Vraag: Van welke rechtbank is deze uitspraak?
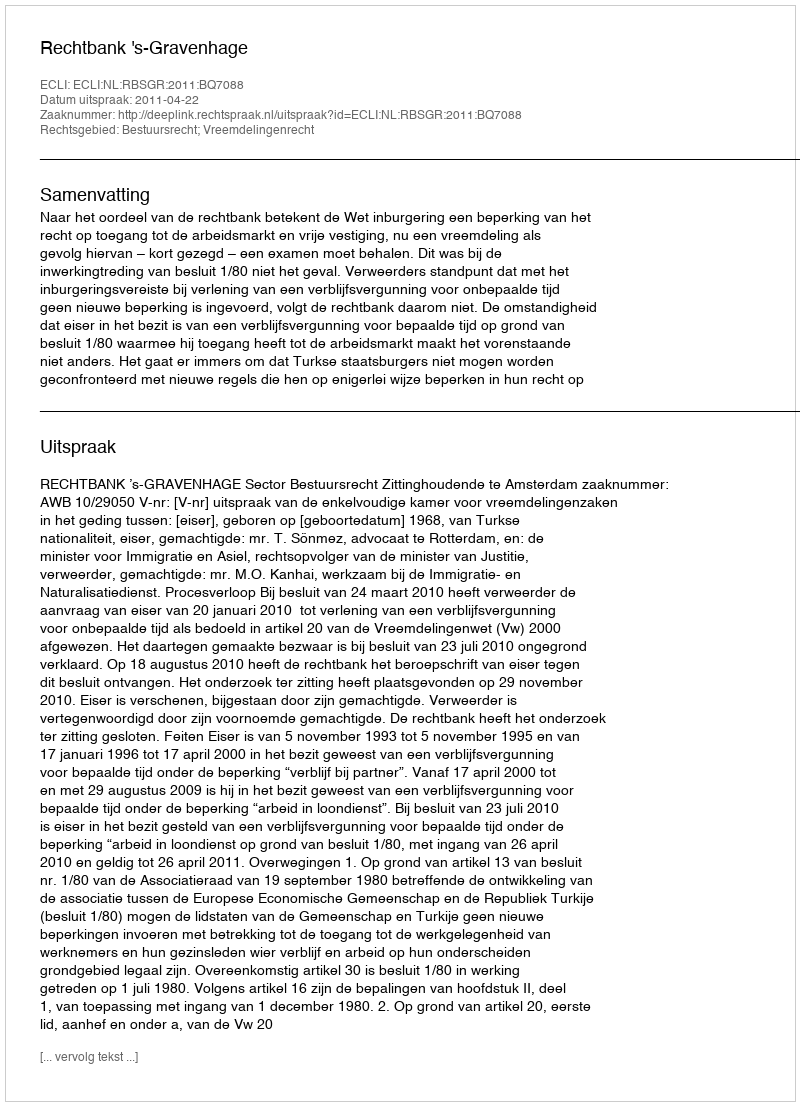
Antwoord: Rechtbank 's-Gravenhage